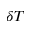
\delta { T }